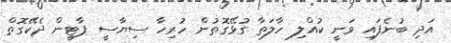
އަދި ބުނެފައި ވަނީ ކުއްލި ހާލަތާ ގުޅޭގޮތުން ހުރިހާ ސިޔާސީ ޕާޓީން ދެކޭގޮތް